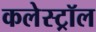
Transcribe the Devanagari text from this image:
कलेस्ट्रॉल